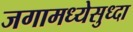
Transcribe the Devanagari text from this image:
जगामध्येसुध्दा